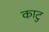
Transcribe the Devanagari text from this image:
काटु